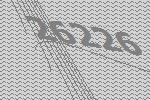
26226